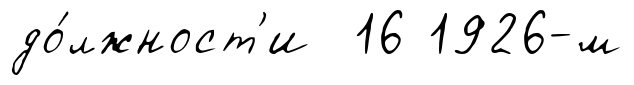
до́лжност'и 16 1926-м